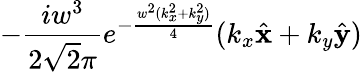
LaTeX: -\frac{iw^{3}}{2\sqrt{2}\pi}e^{-\frac{w^{2}(k_{x}^{2}+k_{y}^{2})}{4}}(k_{x}\hat{\mathbf{x}}+k_{y}\hat{\mathbf{y}})